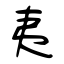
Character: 夷